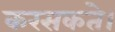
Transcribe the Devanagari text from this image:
करसकते।